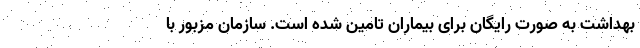
بهداشت به صورت رایگان برای بیماران تامین شده است. سازمان مزبور با